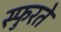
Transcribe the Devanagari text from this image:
स्फुरते